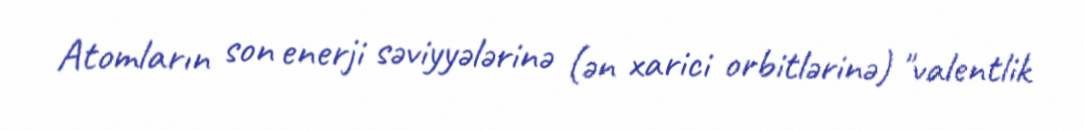
Atomların son enerji səviyyələrinə (ən xarici orbitlərinə) "valentlik